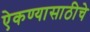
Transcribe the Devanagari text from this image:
ऐकण्यासाठीचे